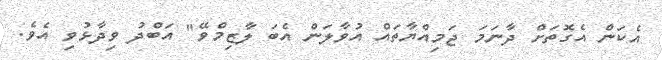
އެކަން އެގޮތަށް ދާނަމަ ޖަމިއްޔާތައް އުވާލަން އެބަ ލާޒިމްވޭ" އަބްދު ވިދާޅުވި އެވެ.